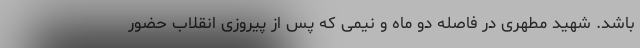
باشد. شهید مطهری در فاصله دو ماه و نیمی که پس از پیروزی انقلاب حضور